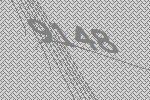
9148